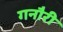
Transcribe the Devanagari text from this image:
गनौरी